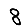
Digit: 8